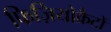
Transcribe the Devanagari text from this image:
फिज़ियोक्रैटों